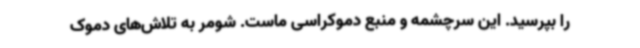
را بپرسید. این سرچشمه و منبع دموکراسی ماست. شومر به تلاش‌های دموک